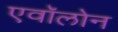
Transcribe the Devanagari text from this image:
एवॉलोन